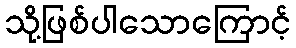
သို့ဖြစ်ပါသောကြောင့်